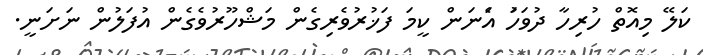
ކަލޭ މިއޮތް ހުރިހާ ދުވަހަު އެަނަން ކީމަ ފަޚުރުވެރިގެން މަޝްހޫރުވެގެން އުފަލުން ނަށަނީ.